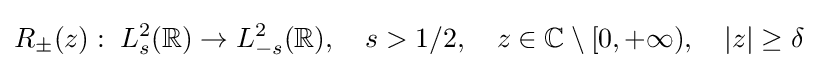
R_{\pm }(z):\;L_{s}^{2}(\mathbb {R} )\to L_{-s}^{2}(\mathbb {R} ),\quad s>1/2,\quad z\in \mathbb {C} \setminus [0,+\infty ),\quad |z|\geq \delta